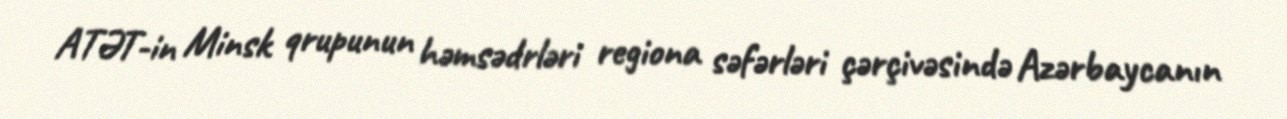
ATƏT-in Minsk qrupunun həmsədrləri regiona səfərləri çərçivəsində Azərbaycanın